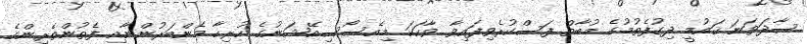
ސާދަވަނަ ޤައުމީ ދިގުފެތުމުގެ މުބާތް ފަސްކުރެވިފައިވާ ވާހަކަ މިއެސޯސިއޭޝަނުގެ ހުރިހާ މެންބަރުންނާއި ފެތުންތެރިންގެ